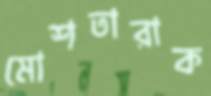
মোশতারাক